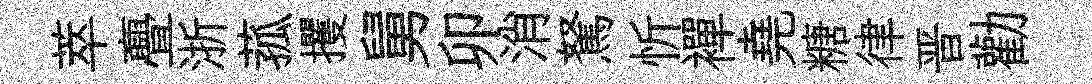
萃亹浙菰攫舅卯消駑忻襌堯糖律晋勸